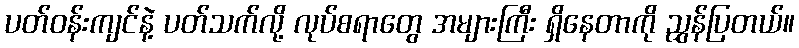
ပတ်ဝန်းကျင်နဲ့ ပတ်သက်လို့ လုပ်စရာတွေ အများကြီး ရှိနေတာကို ညွှန်ပြတယ်။